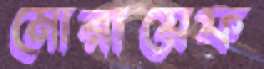
মোরায়েফ